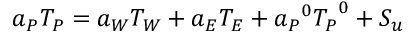
a _ { P } T _ { P } = a _ { W } T _ { W } + a _ { E } T _ { E } + { a _ { P } } ^ { 0 } { T _ { P } } ^ { 0 } + S _ { u }